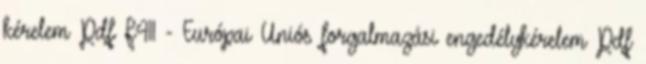
kérelem Pdf F411 - Európai Uniós forgalmazási engedélykérelem Pdf